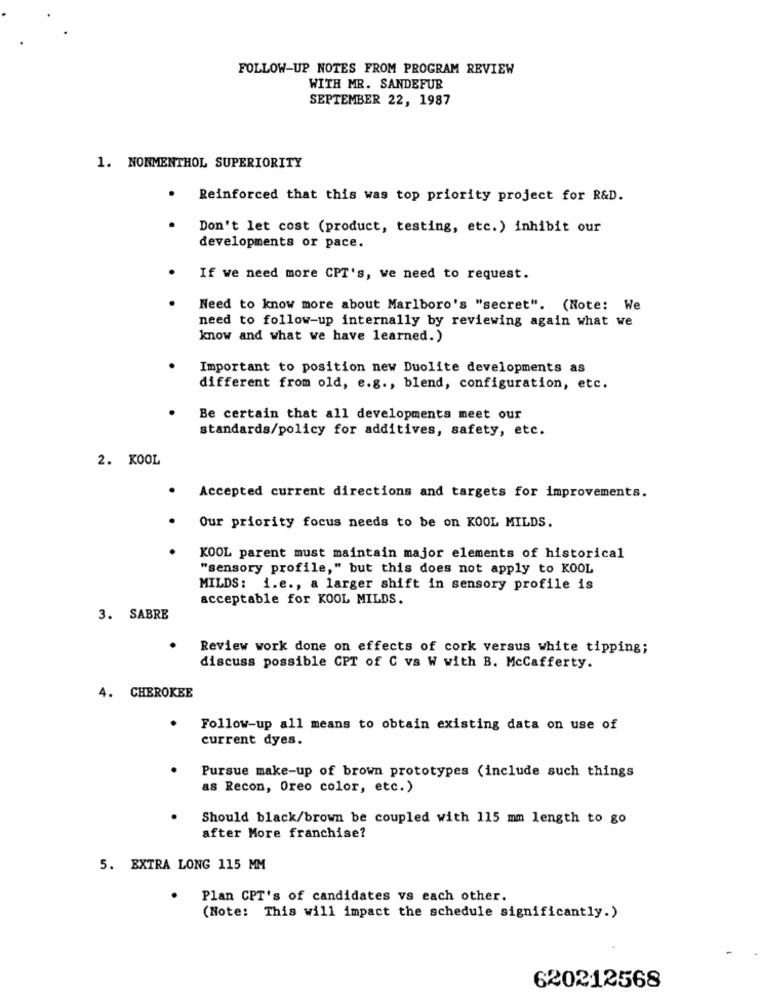
FOLLOW-UP NOTES FROM PROGRAM REVIEW
WITH MR. SANDEFUR
SEPTEMBER 22, 1987
1. NONMENTHOL SUPERIORITY
Reinforced that this was top priority project for R&D.
Don't let cost (product, testing, etc.) inhibit our
developments or pace.
If we need more CPT's, we need to request.
Need to know more about Marlboro's "secret". (Note: We
need to follow-up internally by reviewing again what we
know and what we have learned.)
Important to position new Duolite developments as
different from old, e.g ., blend, configuration, etc.
Be certain that all developments meet our
standards/policy for additives, safety, etc.
2. KOOL
Accepted current directions and targets for improvements.
Our priority focus needs to be on KOOL MILDS.
KOOL parent must maintain major elements of historical
"sensory profile," but this does not apply to KOOL
MILDS: i.e ., a larger shift in sensory profile is
acceptable for KOOL MILDS.
3. SABRE
Review work done on effects of cork versus white tipping;
discuss possible CPT of C vs W with B. McCafferty.
4.
CHEROKEE
Follow-up all means to obtain existing data on use of
current dyes.
Pursue make-up of brown prototypes (include such things
as Recon, Oreo color, etc.)
Should black/brown be coupled with 115 mm length to go
after More franchise?
5. EXTRA LONG 115 MM
Plan CPT's of candidates vs each other.
(Note: This will impact the schedule significantly.)
620212568